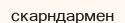
скарндармен